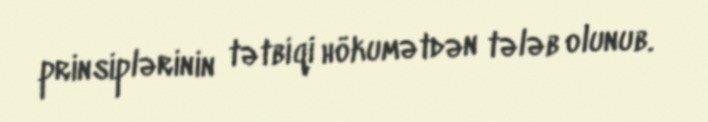
prinsiplərinin tətbiqi hökumətdən tələb olunub.